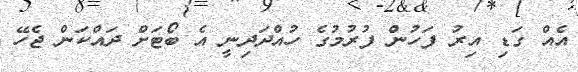
އެއް ގަޑި އިރު ފަހުން ފުރުމުގެ ހުއްދަދިނީ އެ ބޯޓަށް ދައްކަން ޖެހޭ